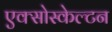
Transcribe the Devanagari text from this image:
एक्सोस्केल्टन